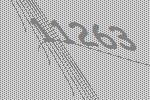
11263